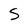
Character: S